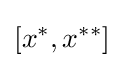
[x^{*},x^{**}]